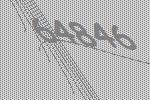
64846